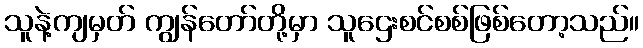
သူနဲ့ကျမှတ် ကျွန်တော်တို့မှာ သူဌေးစင်စစ်ဖြစ်တော့သည်။